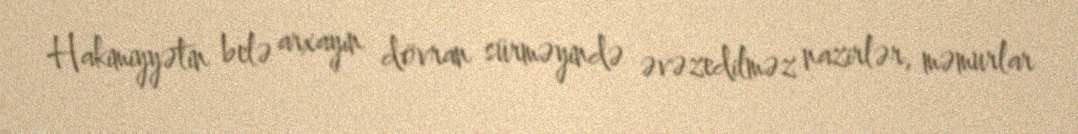
Hakimiyyətin belə arxayın dövran sürməyində əvəzedilməz nazirlər, məmurlar